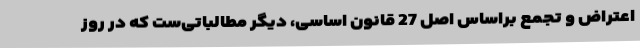
اعتراض و تجمع براساس اصل 27 قانون اساسی، دیگر مطالباتی‌ست که در روز